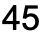
45